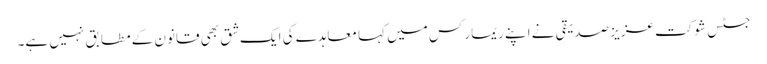
جسٹس شوکت عزیز صدیقی نے اپنے ریمارکس میں کہا معاہدے کی ایک شق بھی قانون کے مطابق نہیں ہے۔